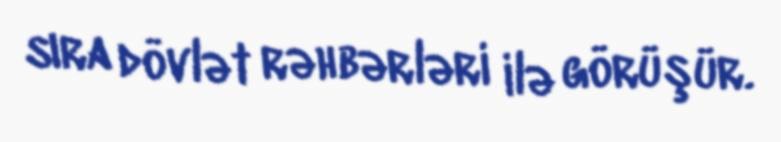
sıra dövlət rəhbərləri ilə görüşür.